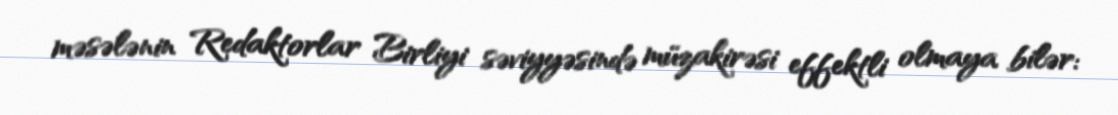
məsələnin Redaktorlar Birliyi səviyyəsində müzakirəsi effektli olmaya bilər: